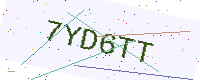
Text: 7YD6TT